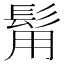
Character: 𩬮